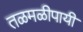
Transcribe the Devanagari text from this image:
तळमळीपायी